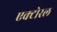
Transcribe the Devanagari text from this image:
एक्टोरल